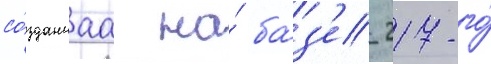
со́зданнаа на́ ба́з'е 217-го́